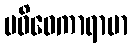
ပဝိဝေကာရာမာ